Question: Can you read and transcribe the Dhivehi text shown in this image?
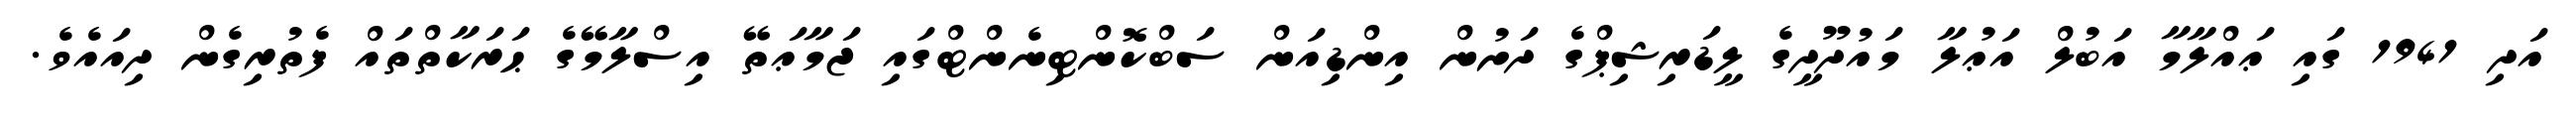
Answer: އަދި 1941 ގައި ޢައްލާމާ އަބުލް އަޢުލާ މައުދޫދީގެ ލީޑަރިޝިޕްގެ ދަށުން އިންޑިއަން ސަބްކޮންޓިނެންޓްގައި ޖަމާޢަތޭ އިސްލާމޭގެ ޙަރަކާތްތައް ފެތުރިގެން ދިއައެވެ.